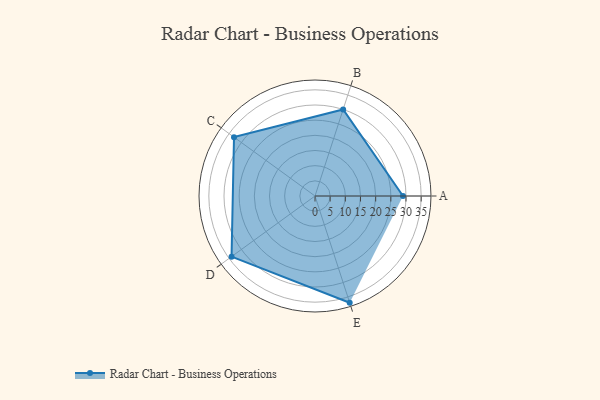
{"axis": {"x": "Skill", "y": "Score"}, "legend": ["Profile"], "data": [{"x": "A", "y": 29.0, "type": "Profile"}, {"x": "B", "y": 30.0, "type": "Profile"}, {"x": "C", "y": 33.0, "type": "Profile"}, {"x": "D", "y": 34.0, "type": "Profile"}, {"x": "E", "y": 37.0, "type": "Profile"}]}